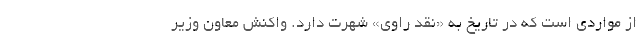
از مواردی است که در تاریخ به «نقد راوی» شهرت دارد. واکنش معاون وزیر